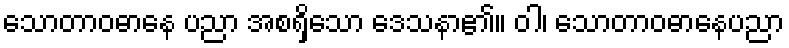
သောတာဝဓာနေ ပညာ အစရှိသော ဒေသနာ၏။ ဝါ၊ သောတာဝဓာနေပညာ